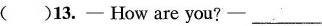
( )13. ——How are you?——___